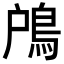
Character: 𩿇